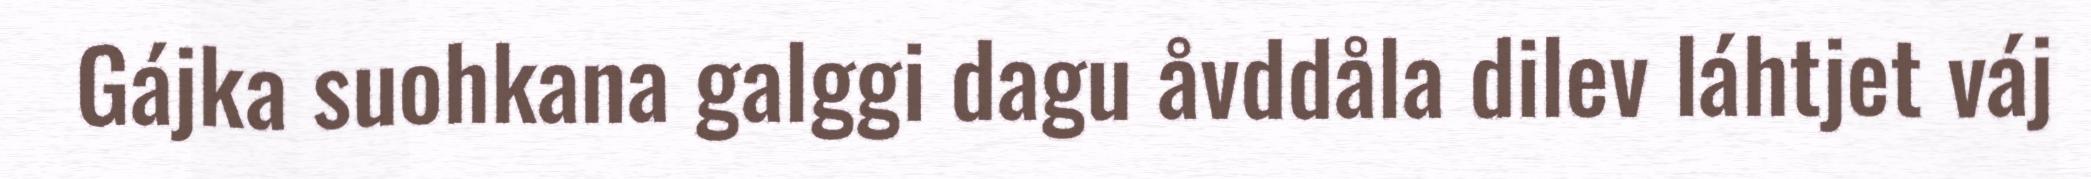
Gájka suohkana galggi dagu åvddåla dilev láhtjet váj